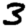
Digit: 3